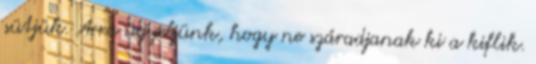
sütjük. Arra ügyeljünk, hogy ne száradjanak ki a kiflik.